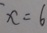
x = 6